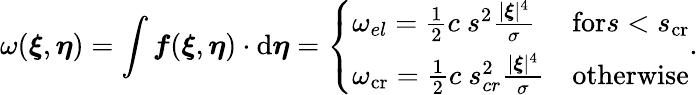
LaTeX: \omega(\boldsymbol{\xi},\boldsymbol{\eta})=\int\boldsymbol{f}(\boldsymbol{\xi},\boldsymbol{\eta})\cdot\textup{d}\boldsymbol{\eta}=\left\{ \begin{array}{ll}{\omega_{el}=\frac{1}{2}c\ s^{2}\frac{|\boldsymbol{\xi}|^{4}}{\sigma}}&{\textup{for}s<s_{\textup{cr}}}\\ {\omega_{\textup{cr}}=\frac{1}{2}c\ s_{cr}^{2}\frac{|\boldsymbol{\xi}|^{4}}{\sigma}}&{\textup{otherwise}}\end{array}\right..